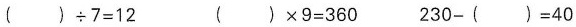
$$( ) \div 7 = 1 2$$ $$( ) \times 9 = 3 6 0$$ $$2 3 0 - ( ) = 4 0$$